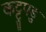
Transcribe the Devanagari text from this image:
कट्टुपडु